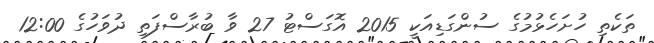
ތަކެތި ހުށަހެޅުމުގެ ސުންގަޑިއަކީ 2015 އޮގަސްޓު 27 ވާ ބުރާސްފަތި ދުވަހުގެ 12:00